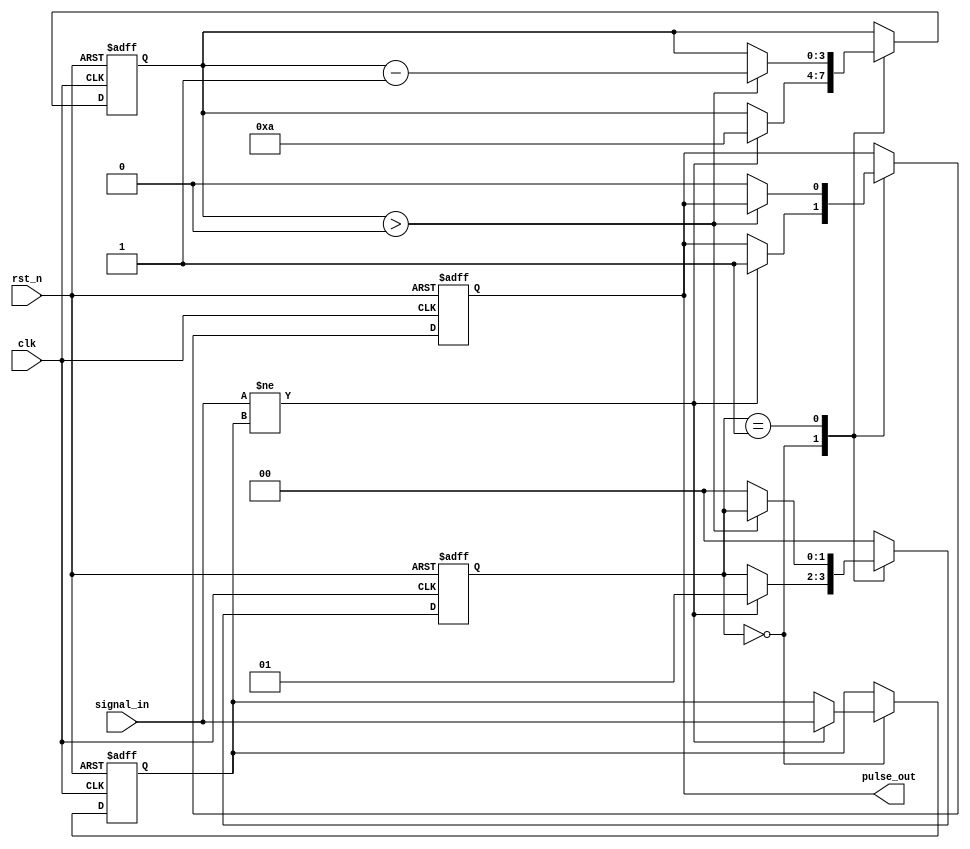
module monostable_edge_detector #(
    parameter PULSE_WIDTH = 10 // Pulse width in clock cycles
)(
    input wire clk,               // System clock
    input wire rst_n,             // Active low reset
    input wire signal_in,         // Input signal to detect edges
    output reg pulse_out          // Output pulse signal
);

    reg [1:0] state;              // State to hold current and previous signal states
    reg [3:0] pulse_counter;      // Counter for pulse width duration
    reg pulse_active;             // Flag to indicate pulse is active

    // State encoding
    localparam S_IDLE = 2'b00,
               S_EDGE_DETECTED = 2'b01,
               S_PULSE_ACTIVE = 2'b10;

    // Flip-flop to store the previous state
    always @(posedge clk or negedge rst_n) begin
        if (!rst_n) begin
            state <= S_IDLE;
            pulse_out <= 1'b0;
            pulse_counter <= 0;
            pulse_active <= 1'b0;
        end else begin
            // Edge detection logic
            case (state)
                S_IDLE: begin
                    if (signal_in != pulse_active) begin
                        // Edge detected
                        pulse_active <= signal_in; // Update the active state
                        pulse_out <= 1'b1;         // Start pulse
                        pulse_counter <= PULSE_WIDTH; // Load pulse width
                        state <= S_EDGE_DETECTED;   // Move to edge detected state
                    end
                end
                
                S_EDGE_DETECTED: begin
                    // Wait for pulse width duration
                    if (pulse_counter > 0) begin
                        pulse_counter <= pulse_counter - 1;
                    end else begin
                        pulse_out <= 1'b0;         // End pulse
                        state <= S_IDLE;           // Go back to idle
                    end
                end
                
                default: state <= S_IDLE; // Safety default
            endcase
        end
    end

endmodule